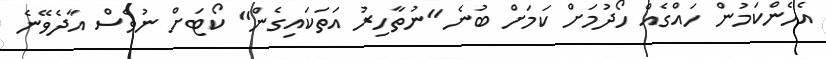
އެހެންކަމުން ހައްގެއް ހޯދުމަށް ކަމަށް ބުނެ "ނުތާހިރު އަތަކައިގެން" ކޯޓަށް ނުވެސް އާދެވޭނެ